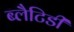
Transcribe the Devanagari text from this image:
ब्लैटिडी